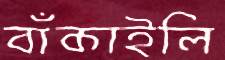
বাঁকাইলি